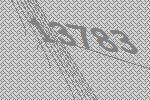
13783